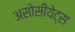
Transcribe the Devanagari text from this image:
असोसीयेट्स